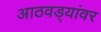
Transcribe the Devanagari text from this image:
आठवड्यांवर